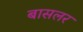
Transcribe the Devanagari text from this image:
बासलर